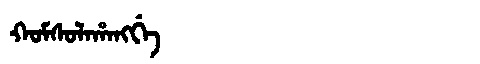
Manchu: ᡴᠣᠮᠰᠣᠯᠠᡥᠠᠩᡤᡝ
Romanization: KOMSOLAHANGGE